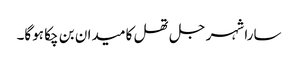
سارا شہر جل تھل کا میدان بن چکا ہوگا۔